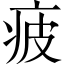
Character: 疲